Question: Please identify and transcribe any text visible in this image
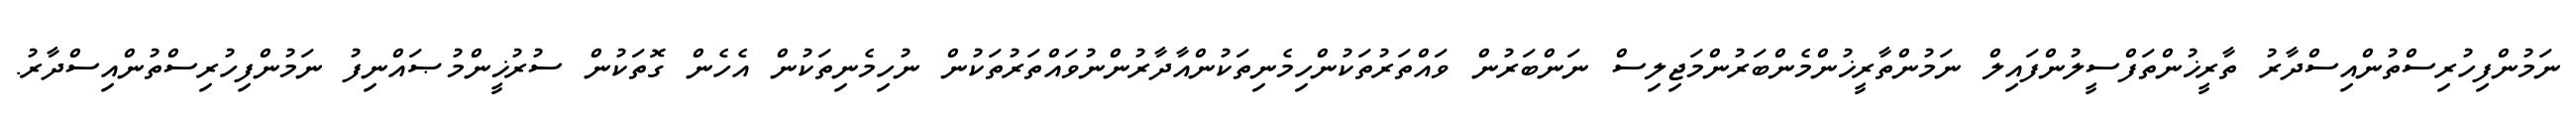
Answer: ނަމުންފިހުރިސްތުންއިސްދާރު ތާރީޚުންތަފްސީލުންފައިލް ނަމުންތާރީޚުންމެންބަރުންމަޖިލިސް ނަންބަރުން ވައްތަރުތަކުންހިމެނިތަކުންއާދާރުންނުވައްތަރުތަކުން ނުހިމެނިތަކުން އެހެން ގޮތަކުން ސުރުޚީންމުޞައްނިފު ނަމުންފިހުރިސްތުންއިސްދާރު.